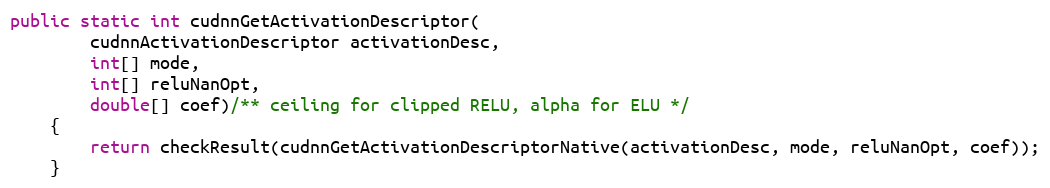
Language: Java
public static int cudnnGetActivationDescriptor(
        cudnnActivationDescriptor activationDesc,
        int[] mode,
        int[] reluNanOpt,
        double[] coef)/** ceiling for clipped RELU, alpha for ELU */
    {
        return checkResult(cudnnGetActivationDescriptorNative(activationDesc, mode, reluNanOpt, coef));
    }